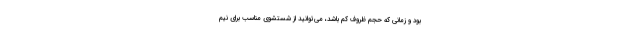
بود و زمانی که حجم ظروف کم باشد، می‌توانید از شستشوی مناسب برای نیم